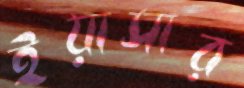
ইয়াসার